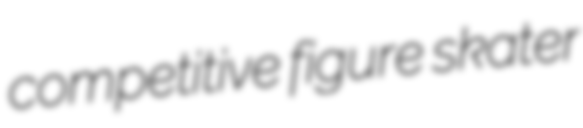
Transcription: competitive figure skater